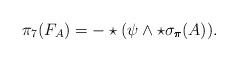
LaTeX: \begin{align*}\pi_7(F_A) = - \star( \psi \wedge \star \sigma_{\pmb{\pi}}(A)). \end{align*}